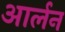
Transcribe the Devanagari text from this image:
आर्लन